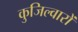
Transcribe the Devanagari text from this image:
कुजिल्वारों